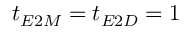
t _ { E 2 M } = t _ { E 2 D } = 1